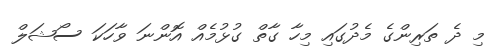
މި ދެ ތަރިންގެ މެދުގައި މިހާ ގާތް ގުޅުމެއް އޮންނަ ވާހަކަ ސޯޝަލް